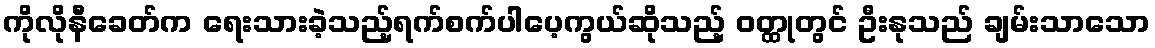
ကိုလိုနီခေတ်က ရေးသားခဲ့သည့်ရက်စက်ပါပေ့ကွယ်ဆိုသည့် ဝတ္ထုတွင် ဦးနုသည် ချမ်းသာသော